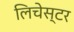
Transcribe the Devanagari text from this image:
लिचेस्टर